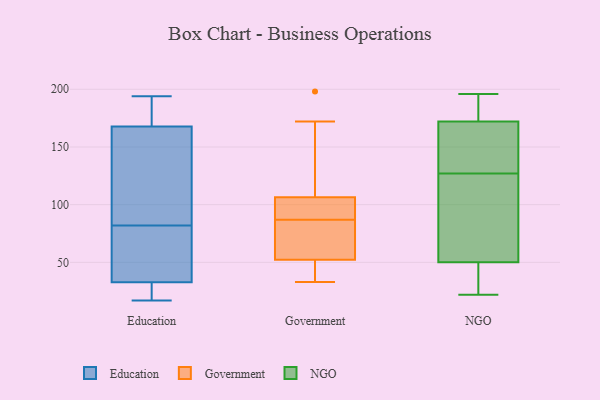
{"axis": {"x": "Production Output", "y": "Value"}, "legend": ["Education", "Government", "NGO"], "data": [{"x": "", "y": 35, "type": "Education"}, {"x": "", "y": 17, "type": "Education"}, {"x": "", "y": 82, "type": "Education"}, {"x": "", "y": 22, "type": "Education"}, {"x": "", "y": 103, "type": "Education"}, {"x": "", "y": 51, "type": "Education"}, {"x": "", "y": 194, "type": "Education"}, {"x": "", "y": 165, "type": "Education"}, {"x": "", "y": 176, "type": "Education"}, {"x": "", "y": 42, "type": "Education"}, {"x": "", "y": 26, "type": "Education"}, {"x": "", "y": 112, "type": "Education"}, {"x": "", "y": 187, "type": "Education"}, {"x": "", "y": 33, "type": "Government"}, {"x": "", "y": 35, "type": "Government"}, {"x": "", "y": 90, "type": "Government"}, {"x": "", "y": 198, "type": "Government"}, {"x": "", "y": 88, "type": "Government"}, {"x": "", "y": 49, "type": "Government"}, {"x": "", "y": 62, "type": "Government"}, {"x": "", "y": 71, "type": "Government"}, {"x": "", "y": 112, "type": "Government"}, {"x": "", "y": 172, "type": "Government"}, {"x": "", "y": 87, "type": "Government"}, {"x": "", "y": 142, "type": "NGO"}, {"x": "", "y": 188, "type": "NGO"}, {"x": "", "y": 172, "type": "NGO"}, {"x": "", "y": 69, "type": "NGO"}, {"x": "", "y": 22, "type": "NGO"}, {"x": "", "y": 43, "type": "NGO"}, {"x": "", "y": 92, "type": "NGO"}, {"x": "", "y": 150, "type": "NGO"}, {"x": "", "y": 133, "type": "NGO"}, {"x": "", "y": 29, "type": "NGO"}, {"x": "", "y": 196, "type": "NGO"}, {"x": "", "y": 121, "type": "NGO"}, {"x": "", "y": 50, "type": "NGO"}, {"x": "", "y": 175, "type": "NGO"}]}